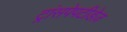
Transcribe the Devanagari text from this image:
ट्रांसपेपटीडेज़